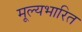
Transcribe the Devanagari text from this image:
मूल्यभारित